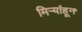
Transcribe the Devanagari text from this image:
मिऱ्यांहून